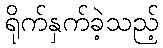
ရိုက်နှက်ခဲ့သည့်